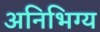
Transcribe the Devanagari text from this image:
अनिभिग्य